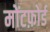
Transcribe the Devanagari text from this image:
मोंटफ़ोर्ड